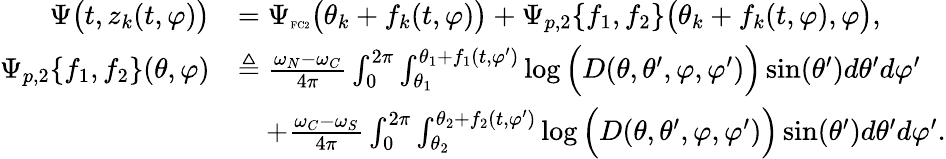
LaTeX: \begin{array}{rl}{\Psi\big(t,z_{k}(t,\varphi)\big)}&{=\Psi_{\textnormal{\tiny{FC2}}}\big(\theta_{k}+f_{k}(t,\varphi)\big)+\Psi_{p,2}\{ f_{1},f_{2}\} \big(\theta_{k}+f_{k}(t,\varphi),\varphi\big),}\\ {\Psi_{p,2}\{ f_{1},f_{2}\} (\theta,\varphi)}&{\triangleq\frac{\omega_{N}-\omega_{C}}{4\pi}\int_{0}^{2\pi}\int_{\theta_{1}}^{\theta_{1}+f_{1}(t,\varphi^{\prime})}\log\Big(D(\theta,\theta^{\prime},\varphi,\varphi^{\prime})\Big)\sin(\theta^{\prime})d\theta^{\prime}d\varphi^{\prime}}\\ &{\quad+\frac{\omega_{C}-\omega_{S}}{4\pi}\int_{0}^{2\pi}\int_{\theta_{2}}^{\theta_{2}+f_{2}(t,\varphi^{\prime})}\log\Big(D(\theta,\theta^{\prime},\varphi,\varphi^{\prime})\Big)\sin(\theta^{\prime})d\theta^{\prime}d\varphi^{\prime}.}\end{array}